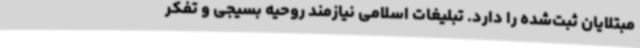
مبتلایان ثبت‌شده را دارد. تبلیغات اسلامی نیازمند روحیه بسیجی و تفکر